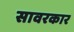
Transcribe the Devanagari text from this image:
सावरकार